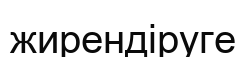
жирендіруге